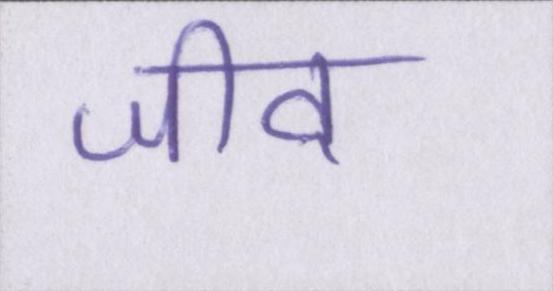
जीव